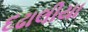
દઢાલીયા